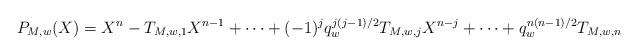
LaTeX: \begin{align*} P_{M, w}(X) = X^n - T_{M, w, 1} X^{n-1} + \dots + (-1)^j q_w^{j(j-1)/2} T_{M, w, j} X^{n-j} + \dots + q_w^{n(n-1)/2} T_{M, w, n} \end{align*}